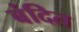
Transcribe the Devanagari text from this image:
बंदित